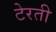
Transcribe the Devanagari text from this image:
टेरती